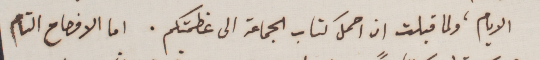
الايام، ولما قبلت ان احمل كتاب الجماعة الى عظمتكم. اما الافصاح التام